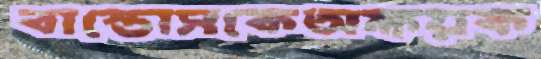
বাস্তোসকেঅক্ষয়ক